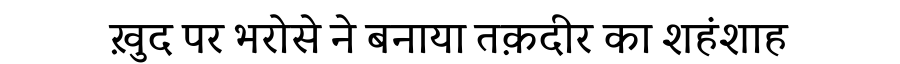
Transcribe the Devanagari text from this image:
ख़ुद पर भरोसे ने बनाया तक़दीर का शहंशाह